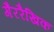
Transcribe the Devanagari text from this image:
गैररैखिक